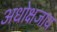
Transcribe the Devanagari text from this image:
अधोक्षजाय